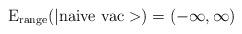
LaTeX: \begin{align*}{\rm E_{range}(|naive \ vac>)}=(-\infty,\infty)\end{align*}